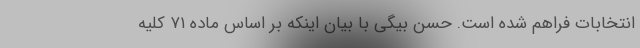
انتخابات فراهم شده است. حسن بیگی با بیان اینکه بر اساس ماده ۷۱ کلیه